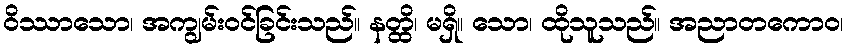
ဝိဿာသော၊ အကျွမ်းဝင်ခြင်းသည်။ နတ္ထိ၊ မရှိ။ သော၊ ထိုသူသည်။ အညာတကောဝ၊